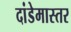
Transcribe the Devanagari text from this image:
दांडेमास्तर